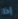
إذا